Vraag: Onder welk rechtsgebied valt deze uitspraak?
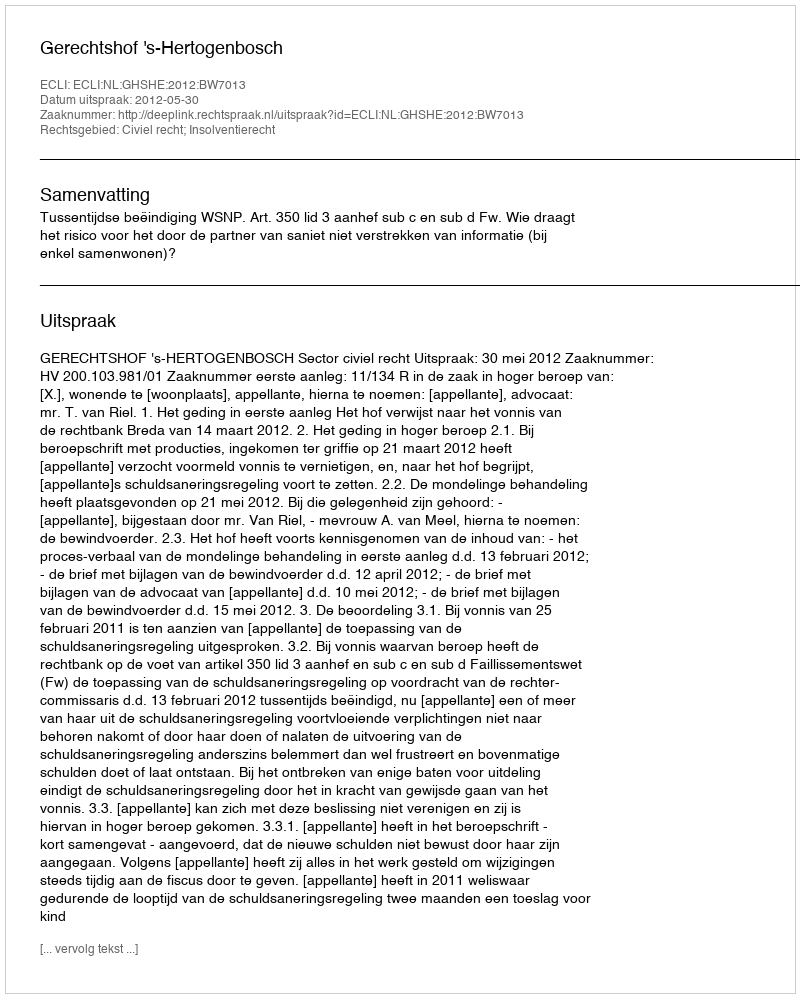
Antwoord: Civiel recht; Insolventierecht